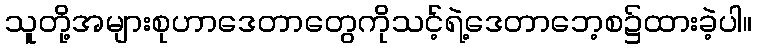
သူတို့အများစုဟာဒေတာတွေကိုသင့်ရဲ့ဒေတာဘေ့စ၌ထားခဲ့ပါ။